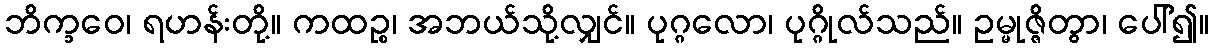
ဘိက္ခဝေ၊ ရဟန်းတို့။ ကထဉ္စ၊ အဘယ်သို့လျှင်။ ပုဂ္ဂလော၊ ပုဂ္ဂိုလ်သည်။ ဥမ္မုဇ္ဇိတွာ၊ ပေါ်၍။